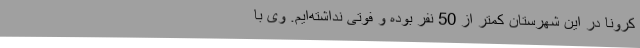
کرونا در این شهرستان کمتر از 50 نفر بوده و فوتی نداشته‌ایم. وی با